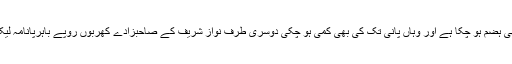
کراچی کا اربوں کا فنڈ بھی ہضم ہو چکا ہے اور وہاں پانی تک کی بھی کمی ہو چکی دوسری طرف نواز شریف کے صاحبزادے کھربوں روپے باہرپانامہ لیکس میں بھجوا چکے ہیں ۔